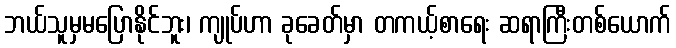
ဘယ်သူမှမပြောနိုင်ဘူး၊ ကျုပ်ဟာ ခုခေတ်မှာ တကယ့်စာရေး ဆရာကြီးတစ်ယောက်